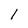
Character: 1